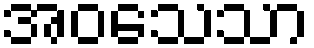
အဝသေသာ